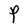
Character: P